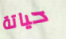
حياتة